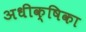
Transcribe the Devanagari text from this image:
अधीक्षिका